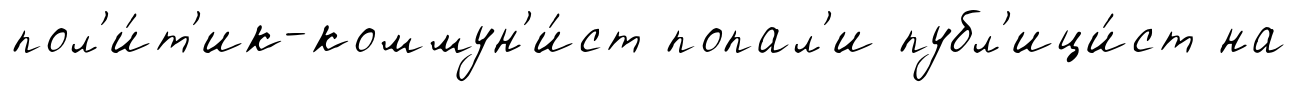
пол'и́т'ик-коммун'и́ст попал'и публ'ици́ст на